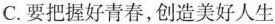
C.要把握好青春，创造美好人生